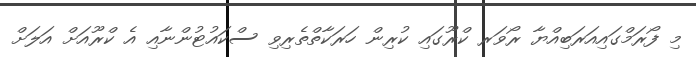
މި ފޯރަމްގައިއަރަބިއްޔާ ރޯވަރ ކްރޫގައި ކުރިން ހަރަކާތްތެރިވި ސްކައުޓުންނާއި އެ ކްރޫއަށް އަލަށް